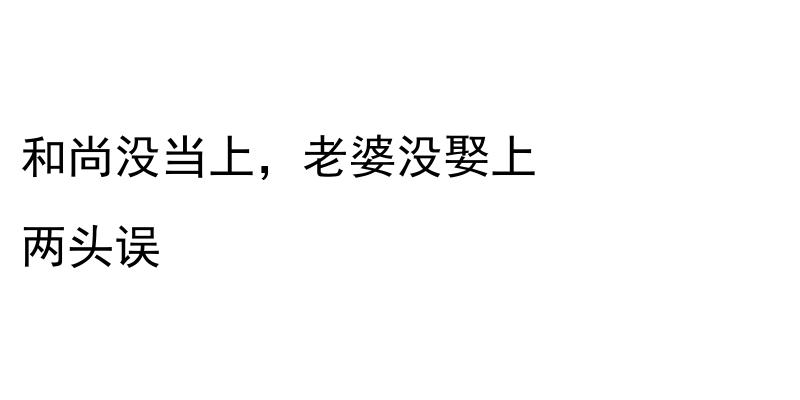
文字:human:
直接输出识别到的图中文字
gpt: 和尚没当上，老婆没娶上 两头误